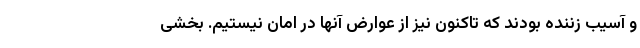
و آسیب زننده بودند که تاکنون نیز از عوارض آنها در امان نیستیم. بخشی